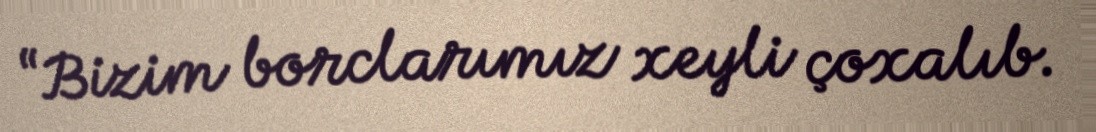
“Bizim borclarımız xeyli çoxalıb.